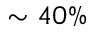
\sim 4 0 \%